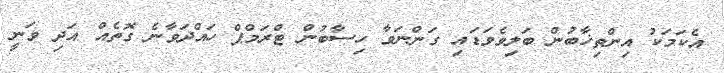
އެކަމަކު އިންތިޚާބުން ބަލިވެވަޑައި ގަންނަވާ ހިސާބުން ޓްރަމްޕް ހައްދަވާނެ ގޮތެއް އަދި ވަނީ